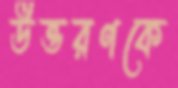
উত্তরণকে